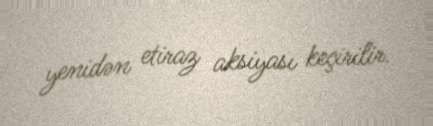
yenidən etiraz aksiyası keçirilir.